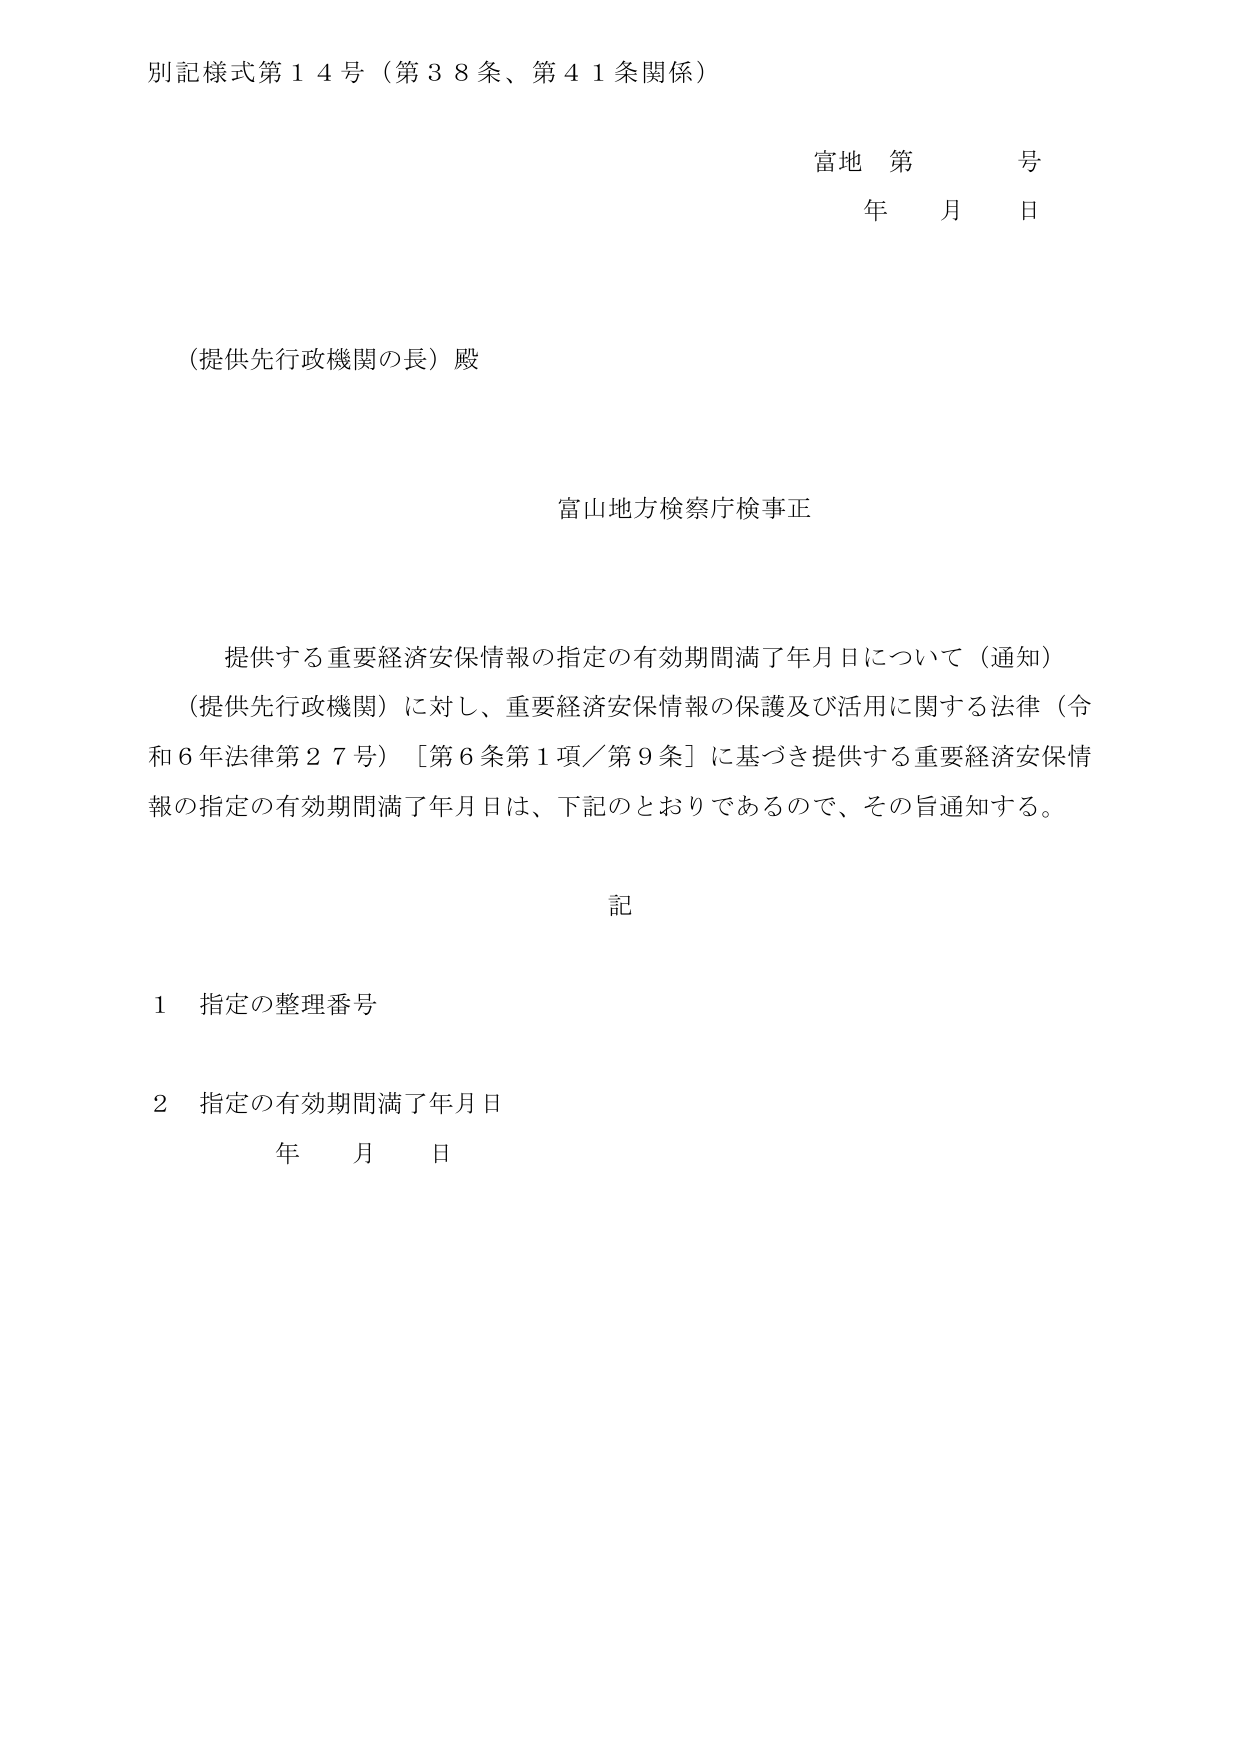
別記様式第１４号（第３８条、第４１条関係）

富地 第 号
年 月 日

（提供先行政機関の長）殿

富山地方検察庁検事正

提供する重要経済安保情報の指定の有効期間満了年月日について（通知）
（提供先行政機関）に対し、重要経済安保情報の保護及び活用に関する法律（令和６年法律第２７号）［第６条第１項／第９条］に基づき提供する重要経済安保情報の指定の有効期間満了年月日は、下記のとおりであるので、その旨通知する。

記

１ 指定の整理番号

２ 指定の有効期間満了年月日
年 月 日